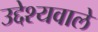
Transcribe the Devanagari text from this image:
उद्देश्यवाले